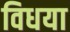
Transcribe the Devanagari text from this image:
विधया